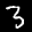
Label: 3